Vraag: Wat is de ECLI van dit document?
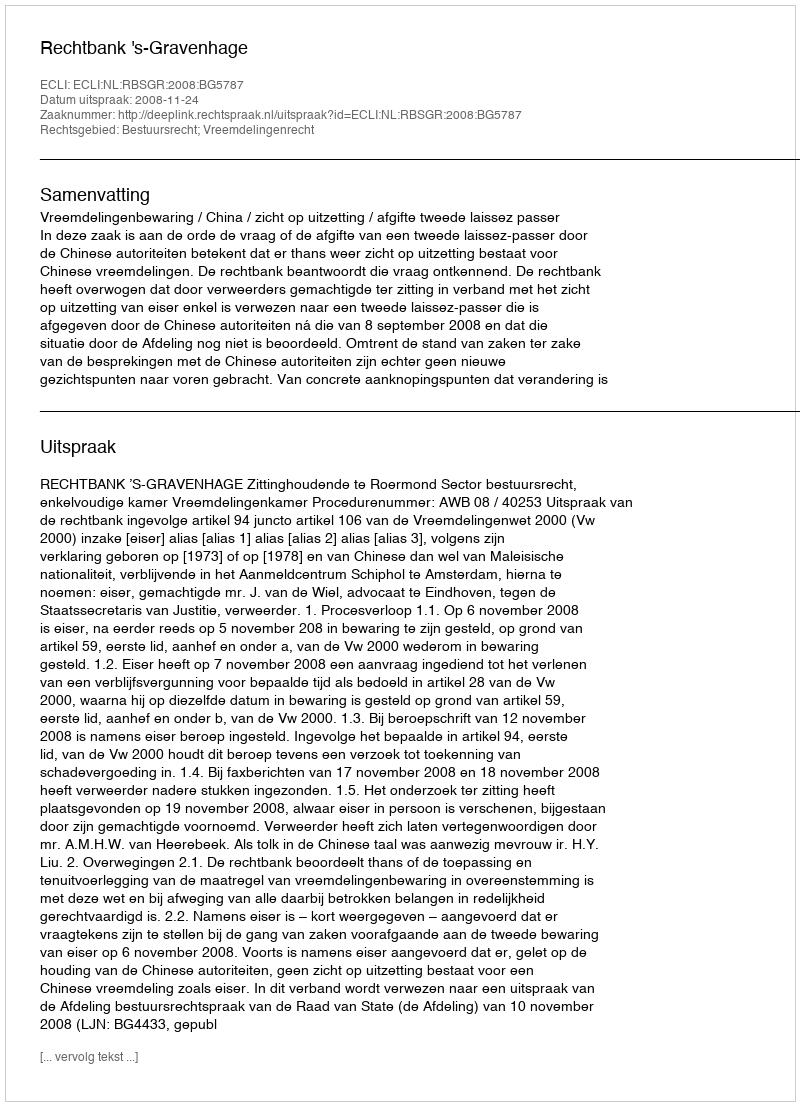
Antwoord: ECLI:NL:RBSGR:2008:BG5787